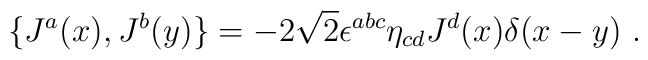
\{J^a(x),J^b(y)\}=-2\sqrt 2 \epsilon ^{abc} \eta _{cd} J^d (x)\delta (x-y)\,\, .